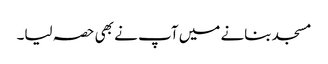
مسجد بنانے میں آپ نے بھی حصہ لیا۔